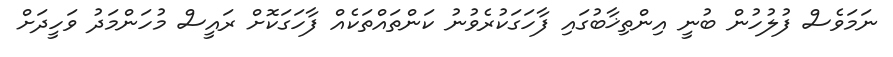
ނަމަވެސް ފުލުހުން ބުނީ އިންތިޚާބުގައި ފާހަގަކުރެވުނު ކަންތައްތަކެއް ފާހަގަކޮށް ރައީސް މުހަންމަދު ވަހީދަށް